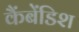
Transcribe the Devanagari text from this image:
कैंबेंडिश